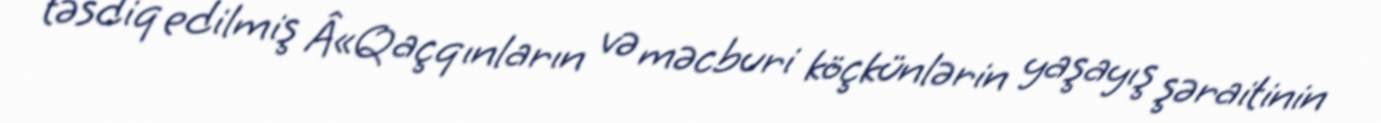
təsdiq edilmiş Â«Qaçqınların və məcburi köçkünlərin yaşayış şəraitinin